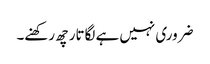
ضروری نہیں ہے لگاتار چھ رکھنے۔